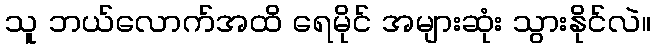
သူ ဘယ်လောက်အထိ ရေမိုင် အများဆုံး သွားနိုင်လဲ။